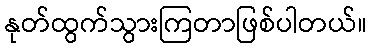
နုတ်ထွက်သွားကြတာဖြစ်ပါတယ်။